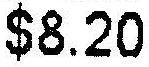
$8.20